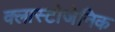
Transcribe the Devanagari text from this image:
क्लास्टोजेनिक